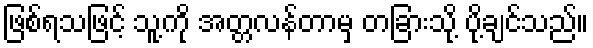
ဖြစ်ရသဖြင့် သူ့ကို အတ္တလန်တာမှ တခြားသို့ ပို့ချင်သည်။